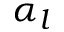
\alpha _ { l }